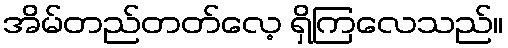
အိမ်တည်တတ်လေ့ ရှိကြလေသည်။